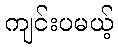
ကျင်းပမယ့်